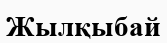
Жылқыбай